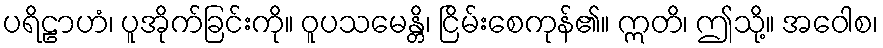
ပရိဠာဟံ၊ ပူအိုက်ခြင်းကို။ ဝူပသမေန္တိ၊ ငြိမ်းစေကုန်၏။ ဣတိ၊ ဤသို့။ အဝေါစ၊